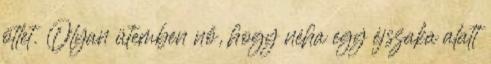
ötlet. Olyan ütemben nő, hogy néha egy éjszaka alatt